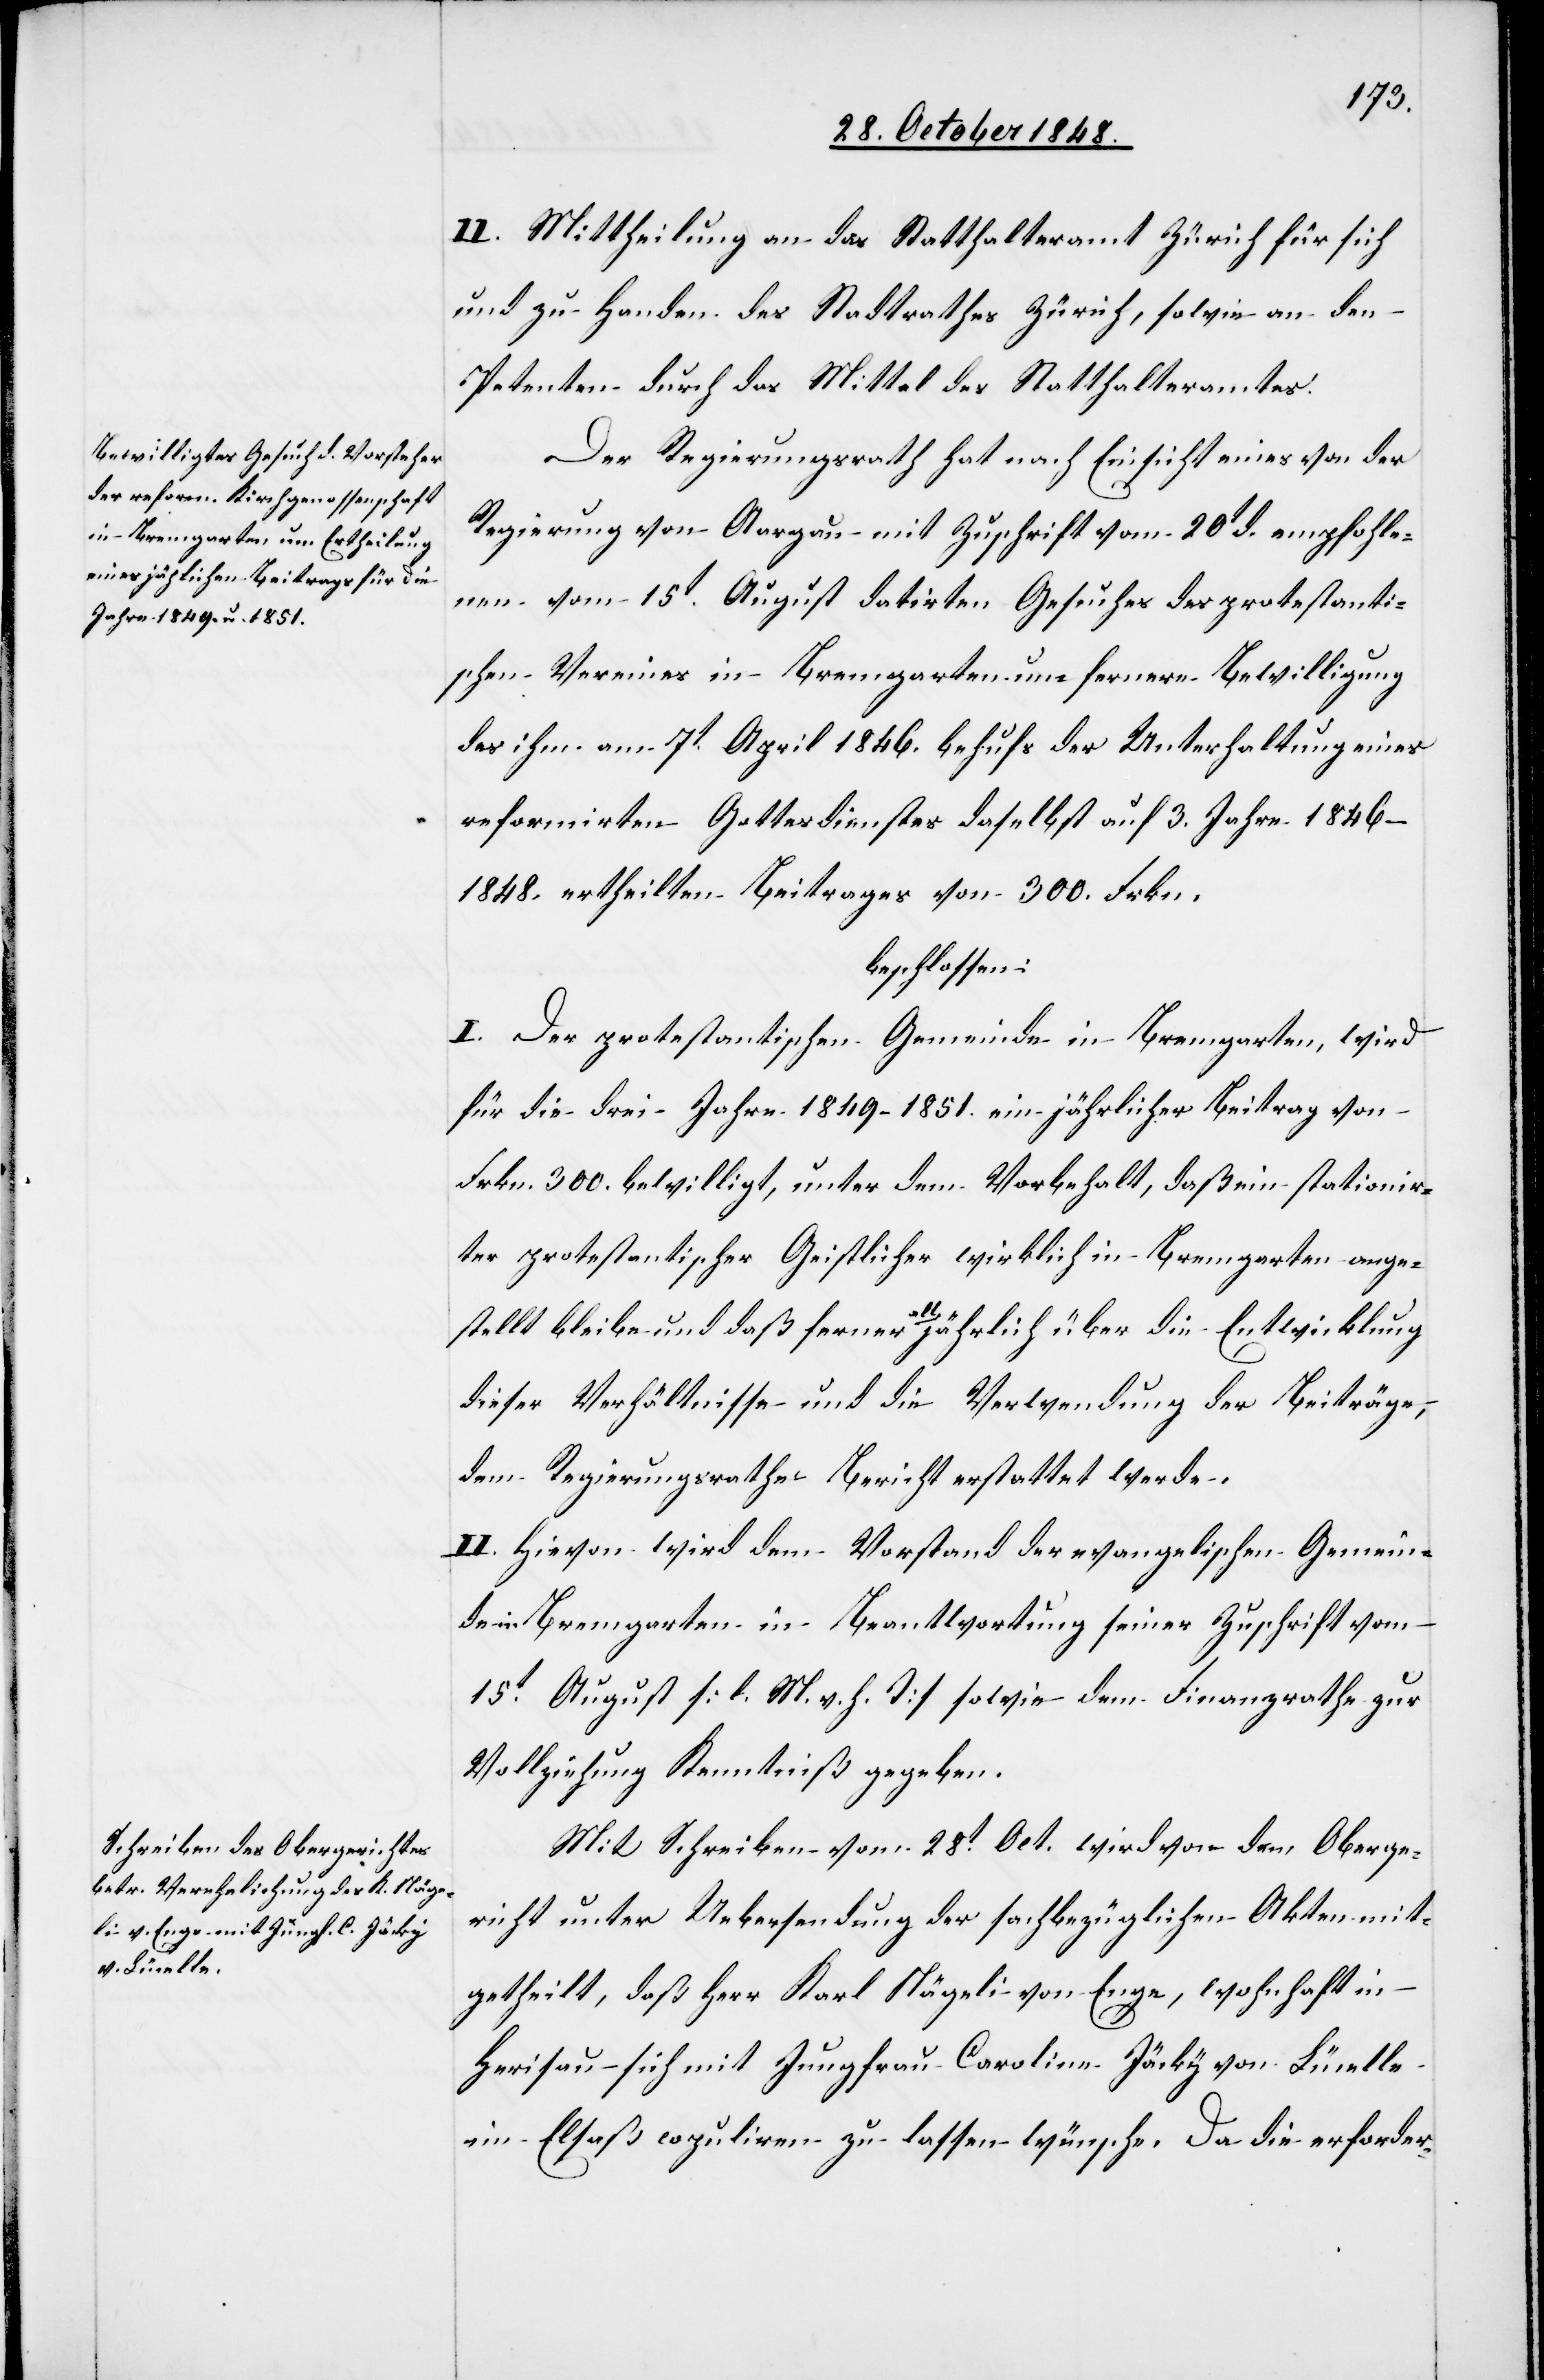
II. Mittheilung an das Statthalteramt Zürich für sich
und zu Handen des Stadtrathes Zürich, sowie an den
Petenten durch das Mittel des Statthalteramtes.
Der Regierungsrath hat nach Einsicht eines von der
Regierung von Aargau mit Zuschrift vom 20t d. empfohle¬
nen vom 15t August datirten Gesuches des protestanti¬
schen Vereines in Bremgarten um fernere Bewilligung
des ihm am 7t April 1846. behufs der Unterhaltung eines
reformirten Gottesdienstes daselbst auf 3. Jahre 1846–1848.
beschlossen:
I. der protestantischen Gemeinde in Bremgarten, wird
für die drei Jahre 1849–1851. ein jährlicher Beitrag von
Frkn. 300. bewilligt, unter dem Vorbehalt, daß ein stationir¬
ter protestantischer Geistlicher wirklich in Bremgarten ange¬
stellt bleibe und daß ferner alljährlich über die Entwicklung
dieser Verhältnisse und die Verwendung der Beiträge,
dem Regierungsrathe Bericht erstattet werde.
II. Hievon wird dem Vorstand der evangelischen Gemein¬
de in Bremgarten in Beantwortung seiner Zuschrift vom
15t August [l. M. v. h. T] sowie dem Finanzrathe zur
Vollziehung Kenntniß gegeben.
Mit Schreiben vom 28t Oct. wird von dem Oberge¬
richt unter Uebersendung der sachbezüglichen Akten mit¬
getheilt, daß Herr Karl Nägeli von Enge, wohnhaft in
Herisau – sich mit Jungfrau Caroline Jäcky von Lürelle
im Elsaß copuliren zu lassen wünsche. Da die erforder-